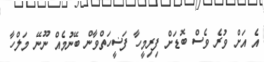
އެ އަށް ވުރެ ވެސް ބޮޑަށް ފިރިމީހާ ފަޟީހަތްވާން ބޭނުމެއް ނޫނޭ މަލްހާ